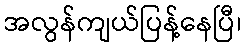
အလွန်ကျယ်ပြန့်နေပြီ၊